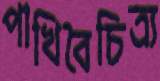
পাখিবৈচিত্র্য